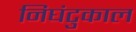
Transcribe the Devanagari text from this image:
निघंटुकाल